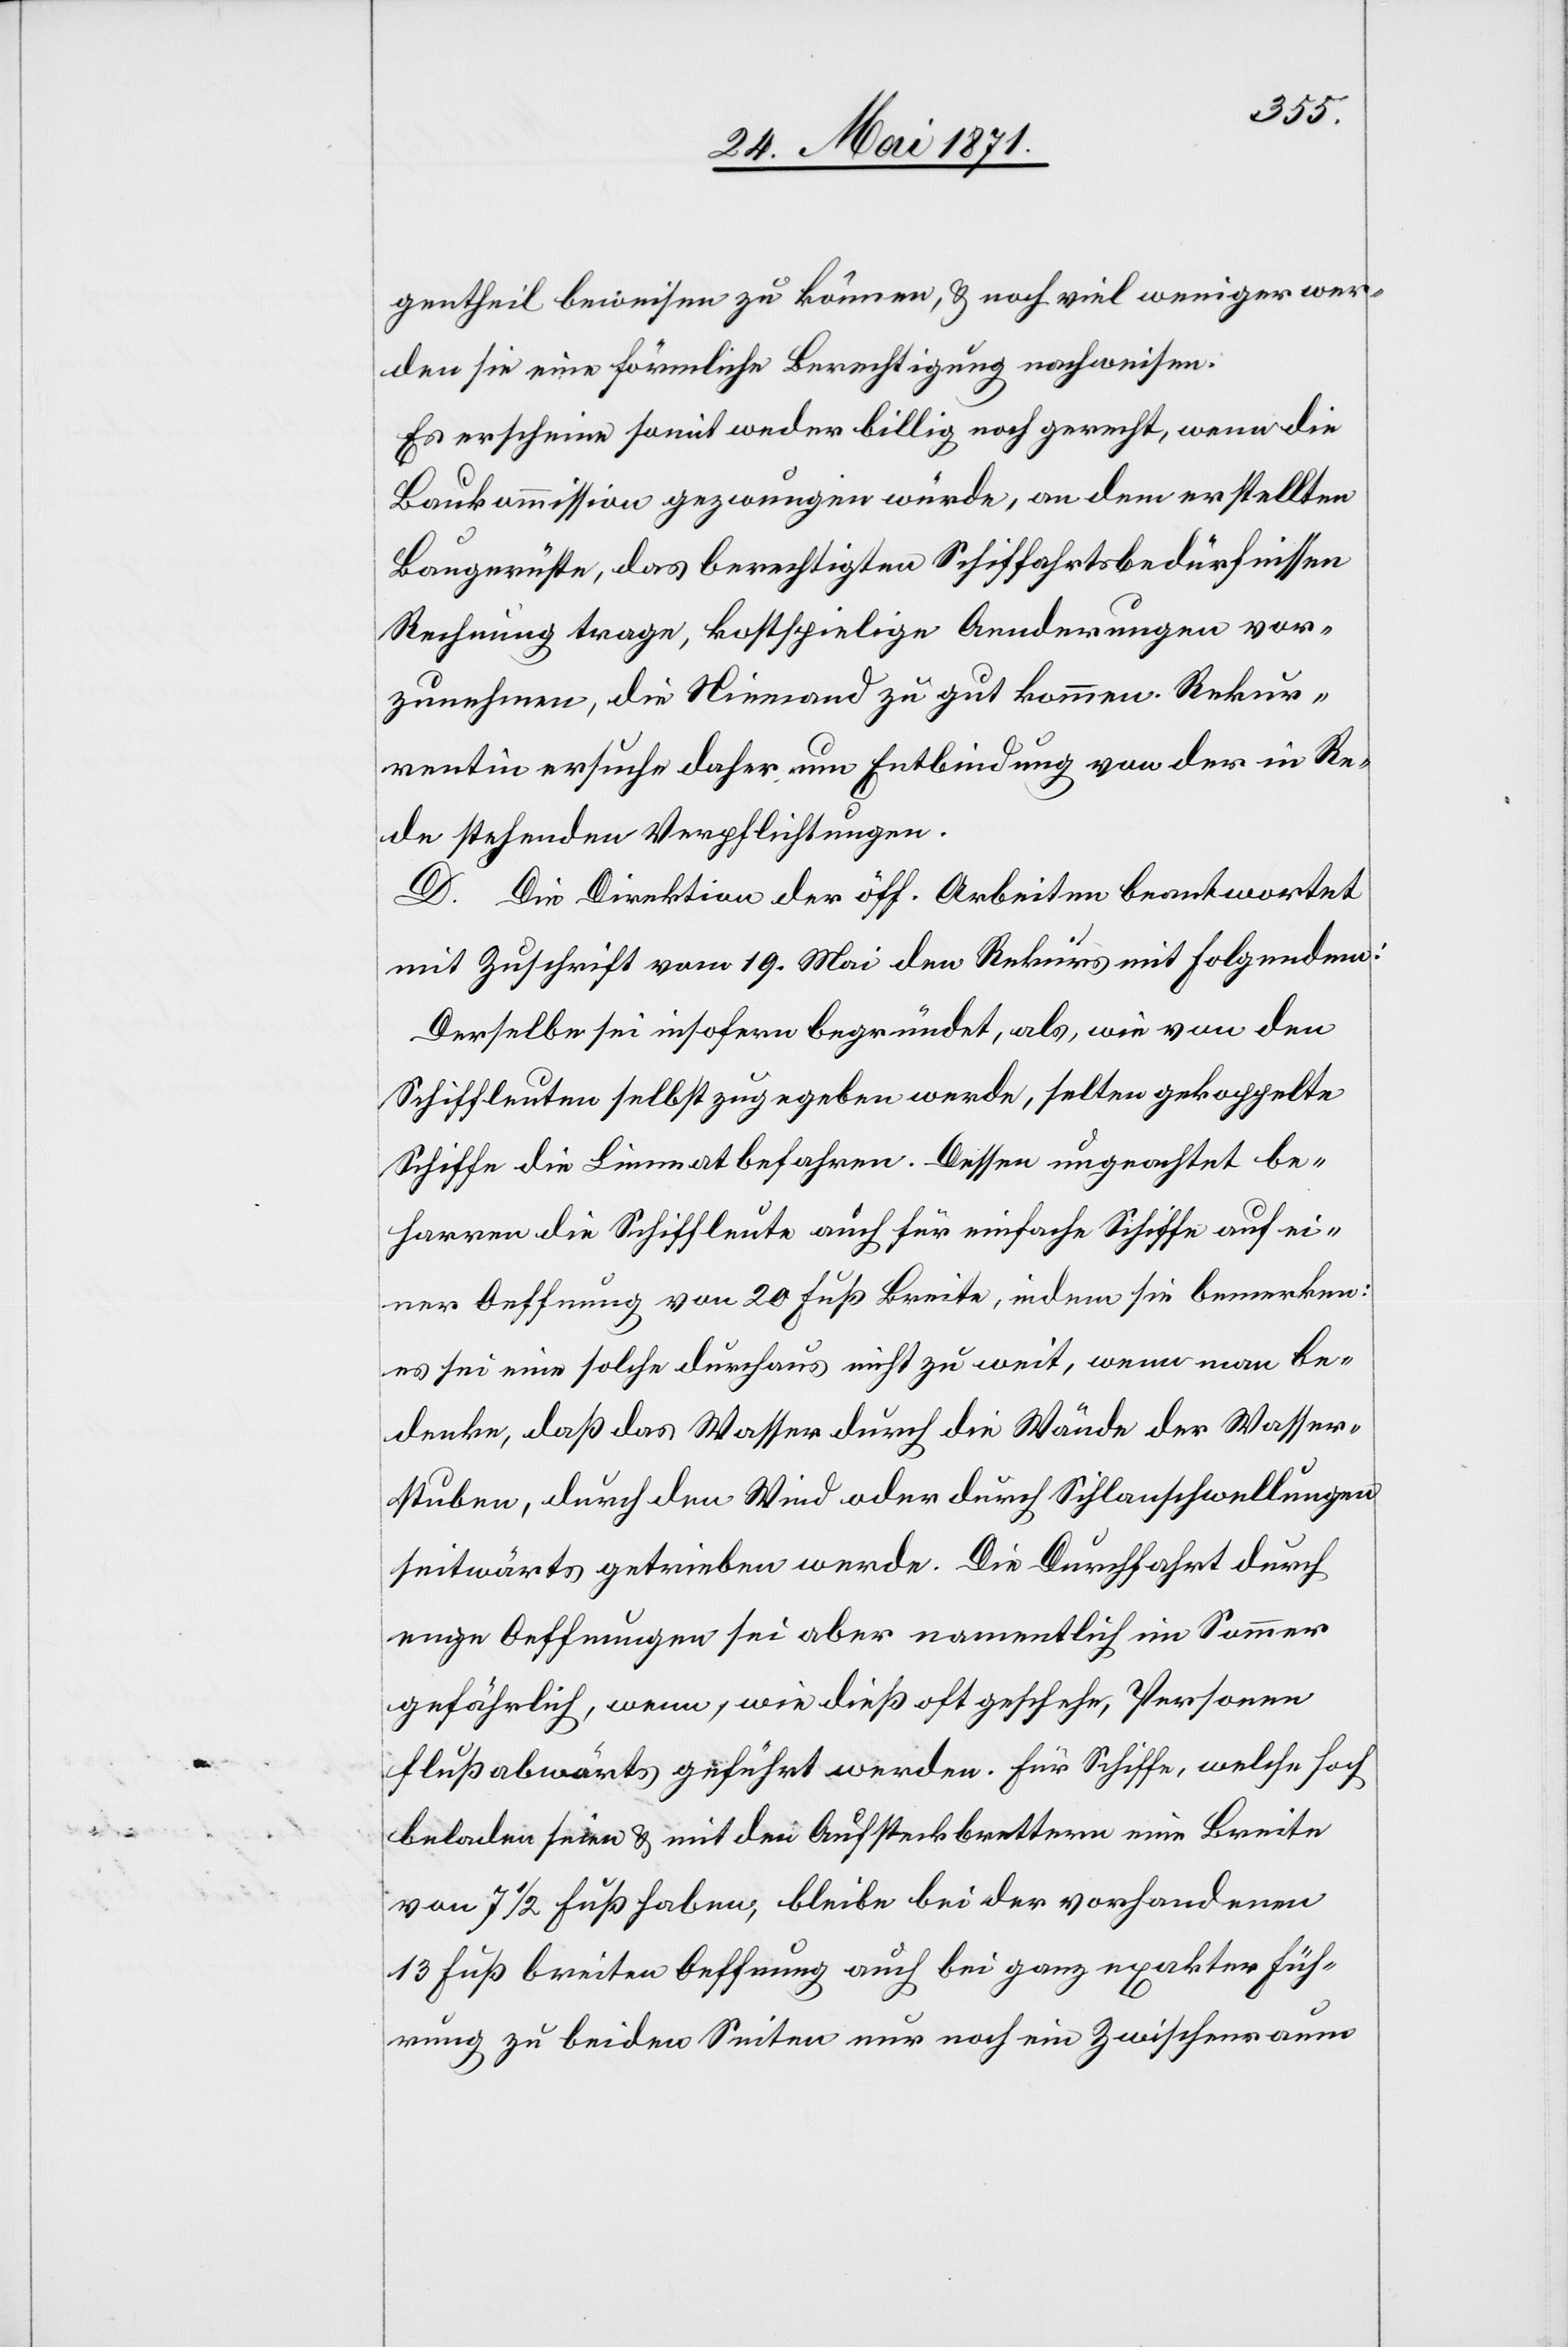
gentheil beweisen zu können, u. noch viel weniger wer¬
den sie eine förmliche Berechtigung nachweisen.
Es erscheine somit weder billig noch gerecht, wenn die
Baukommission gezwungen würde, an dem erstellten
Baugerüste, das berechtigten Schiffahrtsbedürfnissen
Rechnung trage, kostspielige Aenderungen vor¬
zunehmen, die Niemand zu gut kommen. Rekur¬
rentin ersuche daher um Entbindung von der in Re¬
de stehenden Verpflichtungen.
D. Die Direktion der öff. Arbeiten beantwortet
mit Zuschrift vom 19. Mai den Rekurs mit Folgendem:
Derselbe sei insofern begründet, als, wie von den
Schiffleuten selbst zugegeben werde, selten gekoppelte
Schiffe die Limmat befahren. Dessen ungeachtet be¬
harren die Schiffleute auch für einfache Schiffe auf ei¬
ner Oeffnung von 20 Fuß Breite, indem sie bemerken:
es sei eine solche durchaus nicht zu weit, wenn man be¬
denke, daß das Wasser durch die Wände der Wasser¬
stuben, durch den Wind oder durch Sihlanschwellungen
seitwärts getrieben werde. Die Durchfahrt durch
enge Oeffnungen sei aber namentlich im Sommer
gefährlich, wenn, wie dieß oft geschehe, Personen
flußabwärts geführt werden. Für Schiffe, welche hoch
beladen seien u. mit den Aufsteckbrettern eine Breite
von 7 1/2 Fuß haben, bleibe bei der vorhandenen
13 Fuß breiten Oeffnung auch bei ganz exakter Füh¬
rung zu beiden Seiten nur noch ein Zwischenraum